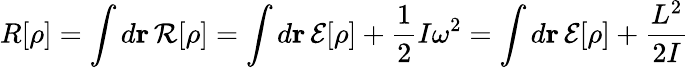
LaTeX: R[\rho]=\int d{\mathbf r}\, {\cal R}[\rho]=\int d{\mathbf r}\, {\cal E}[\rho]+\frac{1}{2}I\omega^{2}=\int d{\mathbf r}\, {\cal E}[\rho]+\frac{L^{2}}{2I}